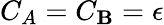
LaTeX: C_{A}=C_{\mathbf{B}}=\epsilon